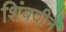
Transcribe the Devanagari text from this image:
शिंबदीने